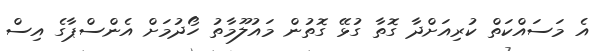
އެ މަސައްކަތް ކުރިއަށްދާ ގޮތާ ގުޅޭ ގޮތުން މައުލޫމާތު ހޯދުމަށް އެންސްޕާގެ އިސް